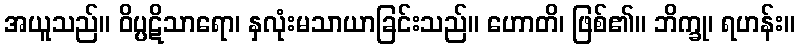
အယူသည်။ ဝိပ္ပဋိသာရော၊ နှလုံးမသာယာခြင်းသည်။ ဟောတိ၊ ဖြစ်၏။ ဘိက္ခု၊ ရဟန်း။